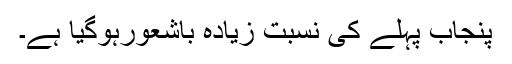
پنجاب پہلے کی نسبت زیادہ باشعورہوگیا ہے۔